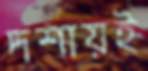
দশায়ই